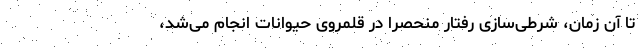
تا آن زمان، شرطی‌سازی رفتار منحصراً در قلمروی حیوانات انجام می‌شد،